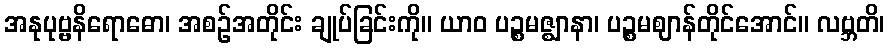
အနုပုဗ္ဗနိရောဓော၊ အစဉ်အတိုင်း ချုပ်ခြင်းကို။ ယာဝ ပဉ္စမဇ္ဈာနာ၊ ပဉ္စမဈာန်တိုင်အောင်။ လဗ္ဘတိ၊